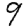
Digit: 9